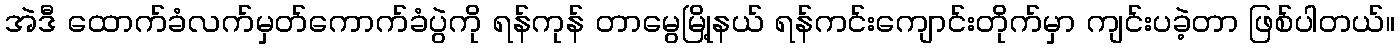
အဲဒီ ထောက်ခံလက်မှတ်ကောက်ခံပွဲကို ရန်ကုန် တာမွေမြို့နယ် ရန်ကင်းကျောင်းတိုက်မှာ ကျင်းပခဲ့တာ ဖြစ်ပါတယ်။